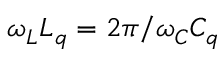
\omega _ { L } L _ { q } = 2 \pi / \omega _ { C } C _ { q }